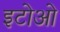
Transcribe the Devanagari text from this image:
इटोओ